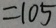
= 1 0 5